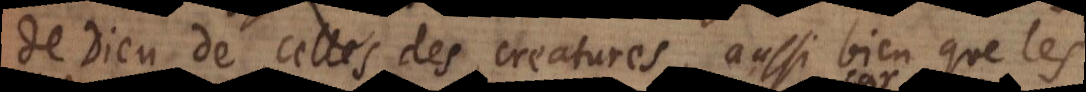
de Dieu de celles des creatures, aussi bien que les